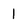
Character: 1